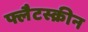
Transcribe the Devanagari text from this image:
फ्लैटस्क्रीन